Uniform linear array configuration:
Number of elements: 12
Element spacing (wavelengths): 0.5
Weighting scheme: kaiser
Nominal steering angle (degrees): -15
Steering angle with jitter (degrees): -14.817
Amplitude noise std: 0.05
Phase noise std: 0.05

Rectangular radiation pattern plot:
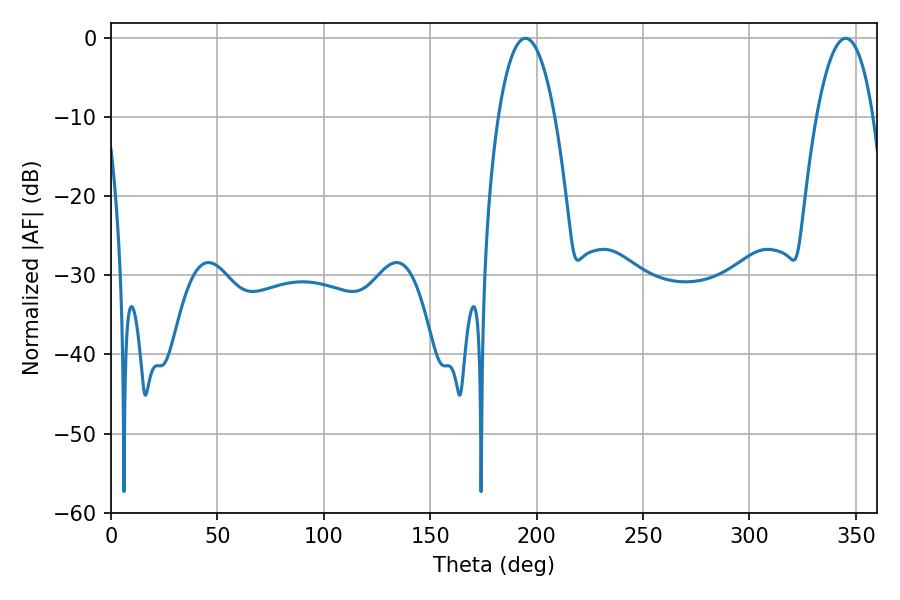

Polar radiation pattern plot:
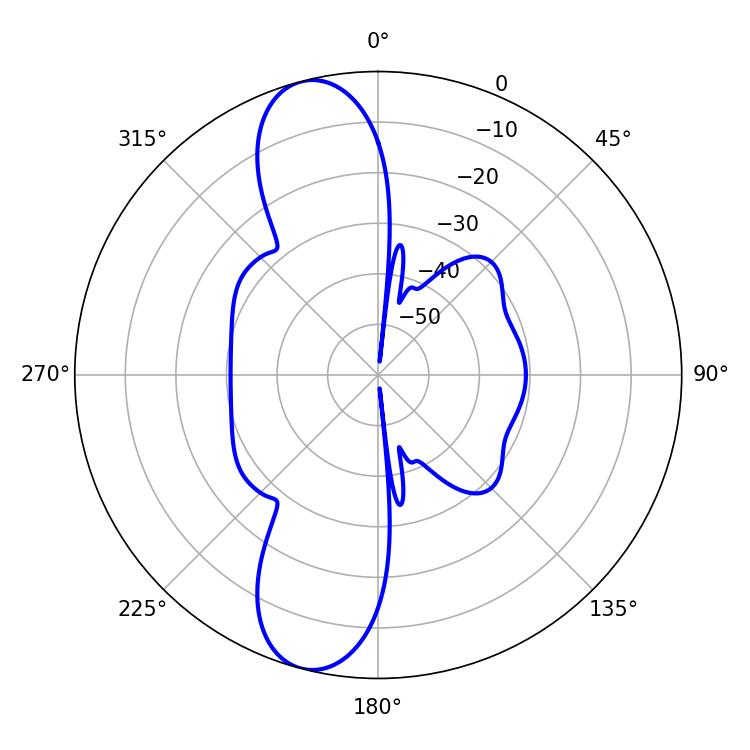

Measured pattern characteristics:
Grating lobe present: FALSE
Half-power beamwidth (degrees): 14.76
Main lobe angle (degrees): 194.76